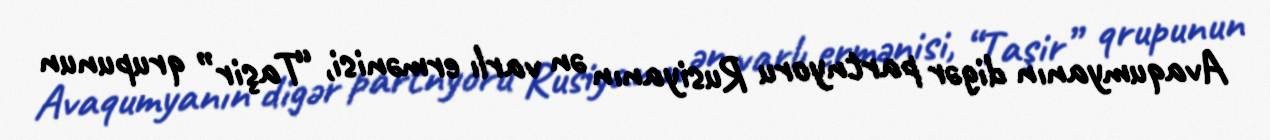
Avaqumyanın digər partnyoru Rusiyanın ən varlı ermənisi, “Taşir” qrupunun